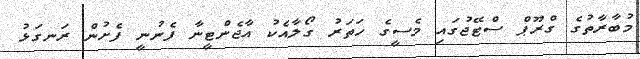
މުބާރާތުގެ ގްރޫޕް ސްޓޭޖުގައި މެސީގެ ހަތަރު ގޯލާއެކު އާޖެންޓީނާ ފެނުނީ ފެށުން ރަނގަޅު